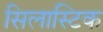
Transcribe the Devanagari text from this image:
सिलास्टिक